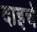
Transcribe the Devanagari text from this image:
दाइचे